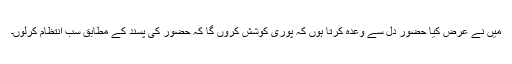
میں نے عرض کیا حضور دل سے وعدہ کرتا ہوں کہ پوری کوشش کروں گا کہ حضور کی پسند کے مطابق سب انتظام کرلوں۔